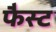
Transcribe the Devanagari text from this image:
फैस्ट